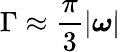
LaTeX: \Gamma\approx\frac{\pi}{3}\lvert\boldsymbol{\omega}\rvert